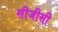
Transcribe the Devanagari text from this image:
सीजीसी